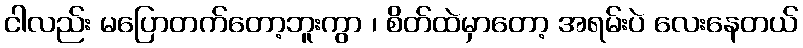
ငါလည်း မပြောတက်တော့ဘူးကွာ ၊ စိတ်ထဲမှာတော့ အရမ်းပဲ လေးနေတယ်